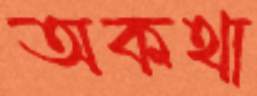
অকথা